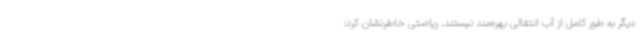
دیگر به طور کامل از آب انتقالی بهره‌مند نیستند. ریاضتی خاطرنشان کرد: